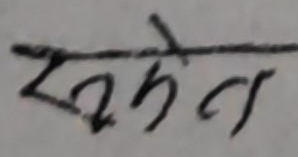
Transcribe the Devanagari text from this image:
समेत